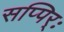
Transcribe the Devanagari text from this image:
सप्पिर्ः